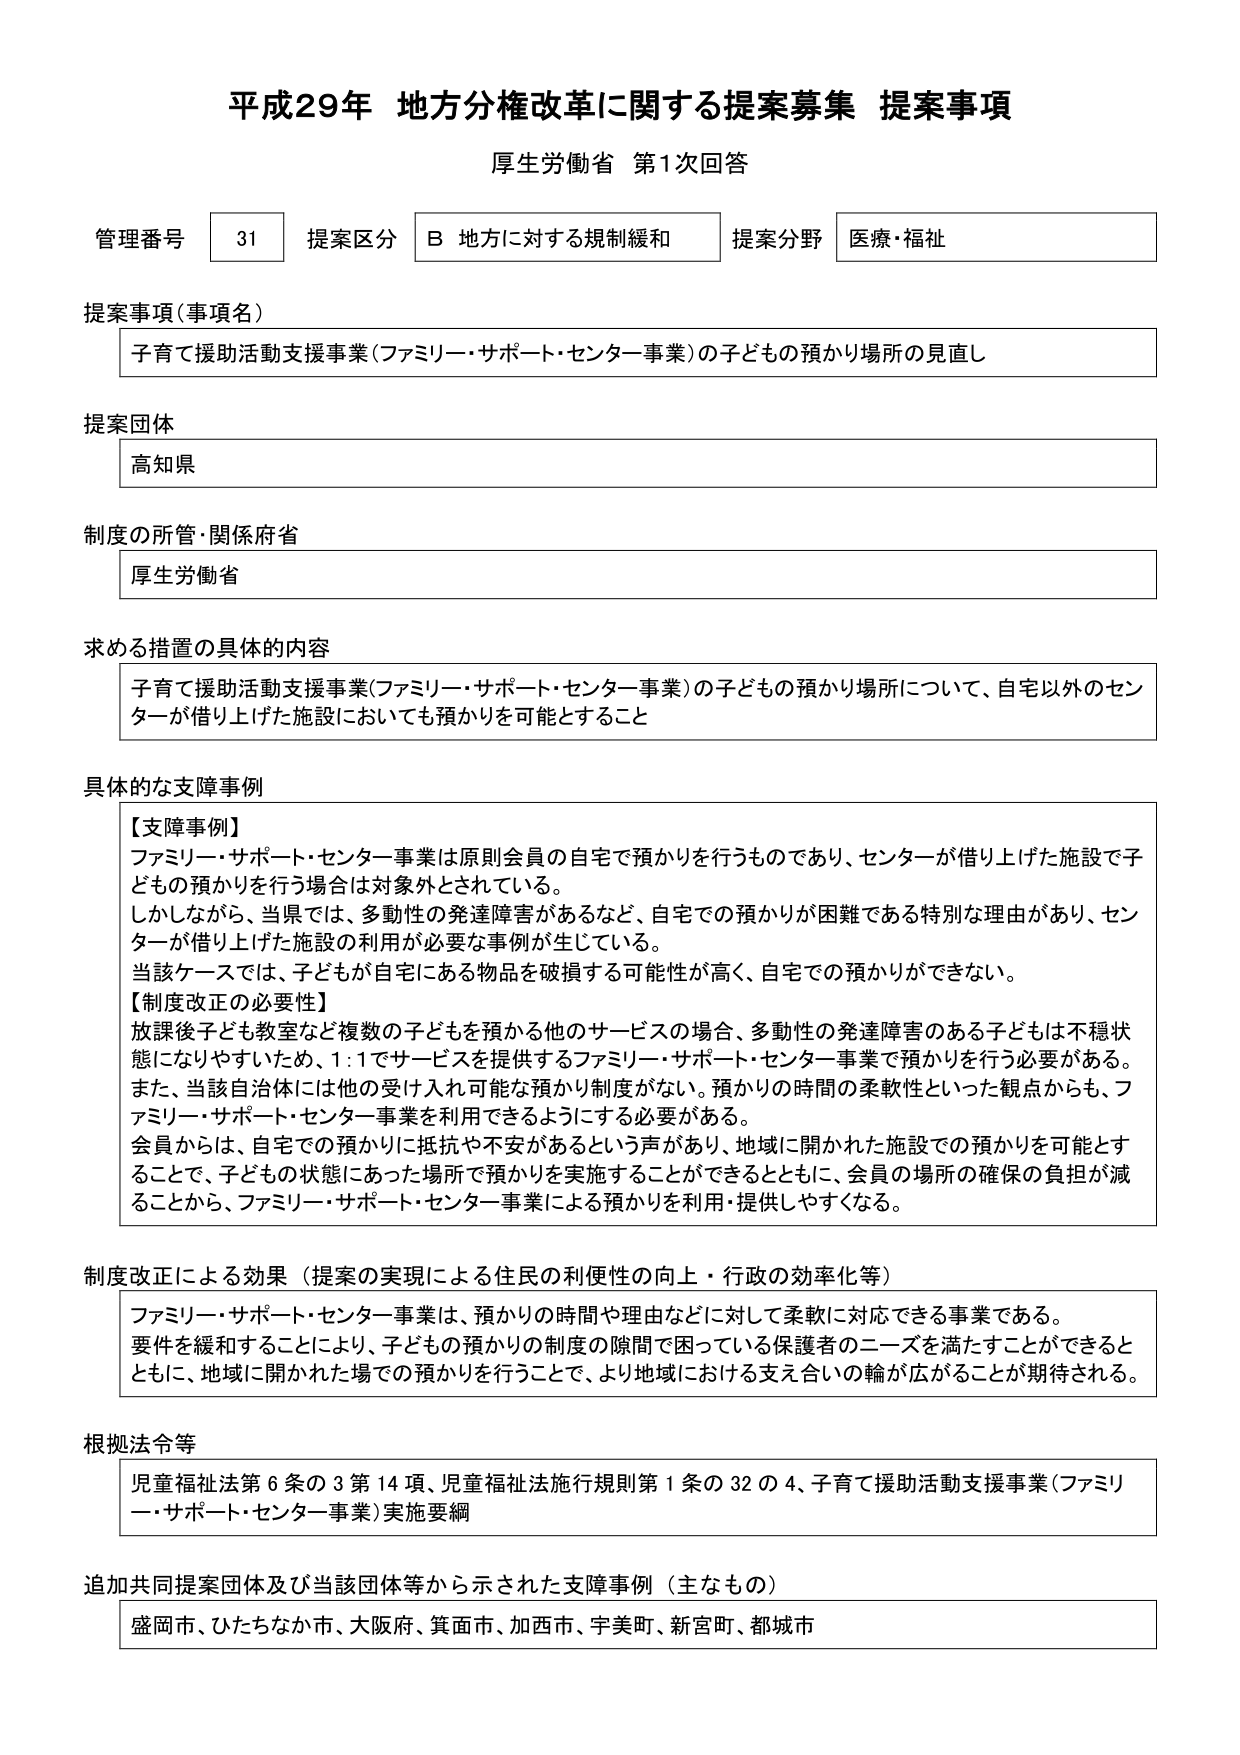
平成29年 地方分権改革に関する提案募集 提案事項
厚生労働省 第1次回答

管理番号 31 提案区分 B 地方に対する規制緩和 提案分野 医療・福祉

提案事項（事項名）
子育て援助活動支援事業（ファミリー・サポート・センター事業）の子どもの預かり場所の見直し

提案団体
高知県

制度の所管・関係府省
厚生労働省

求める措置の具体的内容
子育て援助活動支援事業（ファミリー・サポート・センター事業）の子どもの預かり場所について、自宅以外のセンターが借り上げた施設においても預かりを可能とすること

具体的な支障事例
【支障事例】
ファミリー・サポート・センター事業は原則会員の自宅で預かりを行うものであり、センターが借り上げた施設で子どもの預かりを行う場合は対象外とされている。
しかしながら、当県では、多動性の発達障害があるなど、自宅での預かりが困難である特別な理由があり、センターが借り上げた施設の利用が必要な事例が生じている。
当該ケースでは、子どもが自宅にある物品を破損する可能性が高く、自宅での預かりができない。
【制度改正の必要性】
放課後子ども教室など複数の子どもを預かる他のサービスの場合、多動性の発達障害のある子どもは不穏状態になりやすいため、1：1でサービスを提供するファミリー・サポート・センター事業で預かりを行う必要がある。
また、当該自治体には他の受け入れ可能な預かり制度がない。預かりの時間の柔軟性といった観点からも、ファミリー・サポート・センター事業を利用できるようにする必要がある。
会員からは、自宅での預かりに抵抗や不安があるという声があり、地域に開かれた施設での預かりを可能とすることで、子どもの状態にあった場所で預かりを実施することができるとともに、会員の場所の確保の負担が減ることから、ファミリー・サポート・センター事業による預かりを利用・提供しやすくなる。

制度改正による効果（提案の実現による住民の利便性の向上・行政の効率化等）
ファミリー・サポート・センター事業は、預かりの時間や理由などに対して柔軟に対応できる事業である。
要件を緩和することにより、子どもの預かりの制度の隙間で困っている保護者のニーズを満たすことができるとともに、地域に開かれた場での預かりを行うことで、より地域における支え合いの輪が広がることが期待される。

根拠法令等
児童福祉法第6条の3第14項、児童福祉法施行規則第1条の32の4、子育て援助活動支援事業（ファミリー・サポート・センター事業）実施要綱

追加共同提案団体及び当該団体等から示された支障事例（主なもの）
盛岡市、ひたちなか市、大阪府、箕面市、加西市、宇美町、新宮町、都城市